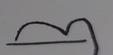
Signature authenticity: forged